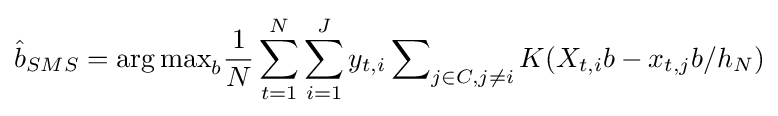
{\hat {b}}_{SMS}={\operatorname {arg\max } }_{b}{\frac {1}{N}}\sum _{t=1}^{N}\sum _{i=1}^{J}y_{t,i}\sum \nolimits _{j\in C,j\neq i}K(X_{t,i}b-x_{t,j}b/h_{N})